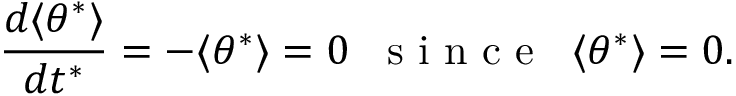
\frac { d \langle \theta ^ { * } \rangle } { d t ^ { * } } = - \langle \theta ^ { * } \rangle = 0 \; \; \mathrm { ~ s ~ i ~ n ~ c ~ e ~ } \; \; \langle \theta ^ { * } \rangle = 0 .